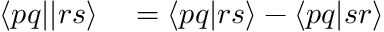
\begin{array} { r l } { \langle p q | | r s \rangle } & { { } = \langle p q | r s \rangle - \langle p q | s r \rangle } \end{array}